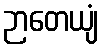
ဉာတေယျံ